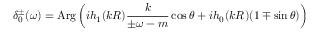
\delta _ { 0 } ^ { \pm } ( \omega ) = \mathrm { A r g } \left( i h _ { 1 } ( k R ) \frac { k } { \pm \omega - m } \cos \theta + i h _ { 0 } ( k R ) ( 1 \mp \sin \theta ) \right)